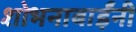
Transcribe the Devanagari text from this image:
शोभनाबाईंनी